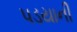
પડયાની